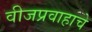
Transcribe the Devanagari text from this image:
वीजप्रवाहाचे